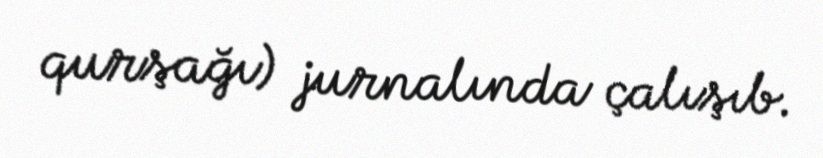
qurşağı) jurnalında çalışıb.